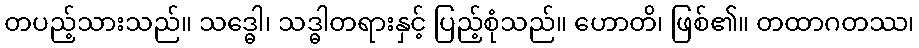
တပည့်သားသည်။ သဒ္ဓေါ၊ သဒ္ဓါတရားနှင့် ပြည့်စုံသည်။ ဟောတိ၊ ဖြစ်၏။ တထာဂတဿ၊